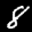
Label: 8